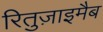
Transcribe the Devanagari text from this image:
रितुज़ाइमैब